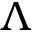
\Lambda